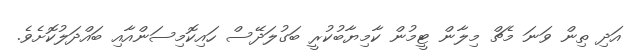
އަދި ތިން ވަނަ މެޗް މިލާން ޓީމުން ކާމިޔާބުކުރީ ބަގުލަދޭސް ހައިކޮމިސަންއާއި ބައްދަލުކޮށެވެ.